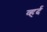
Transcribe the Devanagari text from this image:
व्हर्द